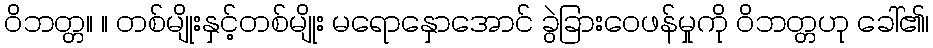
ဝိဘတ္တ။ ။ တစ်မျိုးနှင့်တစ်မျိုး မရောနှောအောင် ခွဲခြားဝေဖန်မှုကို ဝိဘတ္တဟု ခေါ်၏၊